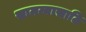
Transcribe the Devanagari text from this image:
सामन्यासाठि